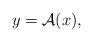
LaTeX: \begin{align*}y = {\mathcal A}(x),\end{align*}